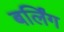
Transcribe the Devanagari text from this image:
बर्लिंग